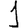
Digit: 1